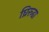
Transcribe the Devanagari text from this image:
घ्रिरूढा